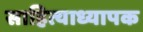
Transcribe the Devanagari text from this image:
साहित्याध्यापक